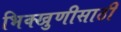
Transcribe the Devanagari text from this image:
भिक्खुणीसाठी